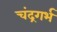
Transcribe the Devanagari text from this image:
चंद्रगर्भ